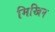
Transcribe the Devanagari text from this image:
मिखिन